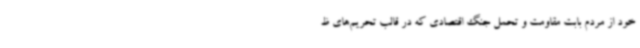
خود از مردم بابت مقاومت و تحمل جنگ اقتصادی که در قالب تحریم‌های ظ